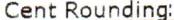
CENT ROUNDING: